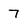
Character: 7